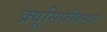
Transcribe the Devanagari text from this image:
क्र्यूसिफीक्स्षन